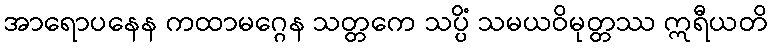
အာရောပနေန ကထာမဂ္ဂေန သတ္တကေ သပ္ပိံ သမယဝိမုတ္တဿ ဣရီယတိ